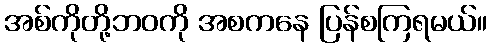
အစ်ကိုတို့ဘဝကို အစကနေ ပြန်စကြရမယ်။